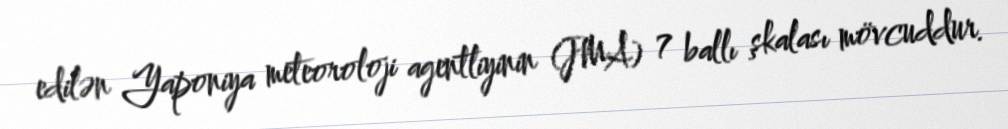
edilən Yaponiya meteoroloji agentliyinin (JMA) 7 ballı şkalası mövcuddur.